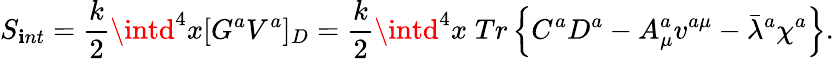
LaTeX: S_{\mathbf{i}nt}=\frac{{k}}{{2}}\intd^{4}x[G^{a}V^{a}]_{D}=\frac{{k}}{{2}}\intd^{4}x\; Tr\left\{ C^{a}D^{a}-A_{\mu}^{a}v^{a\mu}-\bar{{\lambda}}{}^{a}\chi^{a}\right\} .